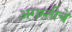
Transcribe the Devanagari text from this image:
अगस्तीचे